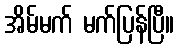
အိမ်မက် မက်ပြန်ပြီ။